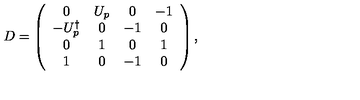
D = \left( \begin{array} { c c c c } { 0 } & { U _ { p } } & { 0 } & { - 1 } \\ { - U _ { p } ^ { \dagger } } & { 0 } & { - 1 } & { 0 } \\ { 0 } & { 1 } & { 0 } & { 1 } \\ { 1 } & { 0 } & { - 1 } & { 0 } \\ \end{array} \right) ,